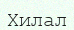
Хилал